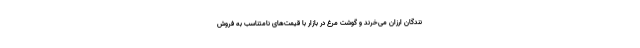
نندگان ارزان می‌خرند و گوشت مرغ در بازار با قیمت‌های نامتناسب به فروش